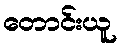
တောင်းယူ